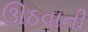
ઊઠવાની